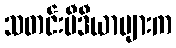
သတင်းမီဒီယာများက